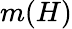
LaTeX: m(H)